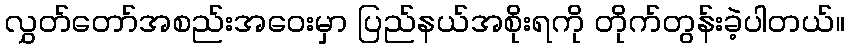
လွှတ်တော်အစည်းအဝေးမှာ ပြည်နယ်အစိုးရကို တိုက်တွန်းခဲ့ပါတယ်။